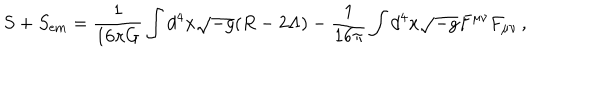
S + S _ { \mathrm { e m } } = \frac { 1 } { 1 6 \pi G } \int { d ^ { 4 } x \sqrt { - g } ( R - 2 \Lambda ) } - \frac { 1 } { 1 6 \pi } \int { d ^ { 4 } x \sqrt { - g } F ^ { \mu \nu } F _ { \mu \nu } } \, ,